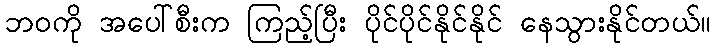
ဘဝကို အပေါ်စီးက ကြည့်ပြီး ပိုင်ပိုင်နိုင်နိုင် နေသွားနိုင်တယ်။